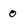
Character: 0